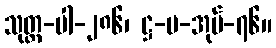
သုတ္တ-ပါ-၂၈၆၊ ဋ္ဌ-ပ-အုပ်-၇၆။